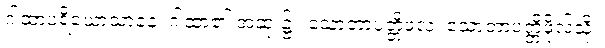
ဂါထာပရိယောသာနေ၊ ဂါထာ၏ အဆုံး၌။ သောတာပတ္တိဖလံ၊ သောတာပတ္တိဖိုလ်သို့။